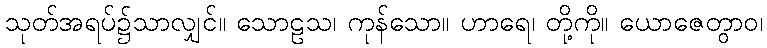
သုတ်အရပ်၌သာလျှင်။ သောဠသ၊ ကုန်သော။ ဟာရေ၊ တို့ကို။ ယောဇေတွာဝ၊